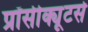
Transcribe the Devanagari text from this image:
प्रॉसीक्यूटर्स